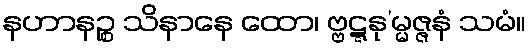
နဟာနဉ္စ သိနာနေ ထော၊ ဗ္ဗဋ္ဋနု’မ္မဇ္ဇနံ သမံ။